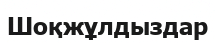
Шоқжұлдыздар